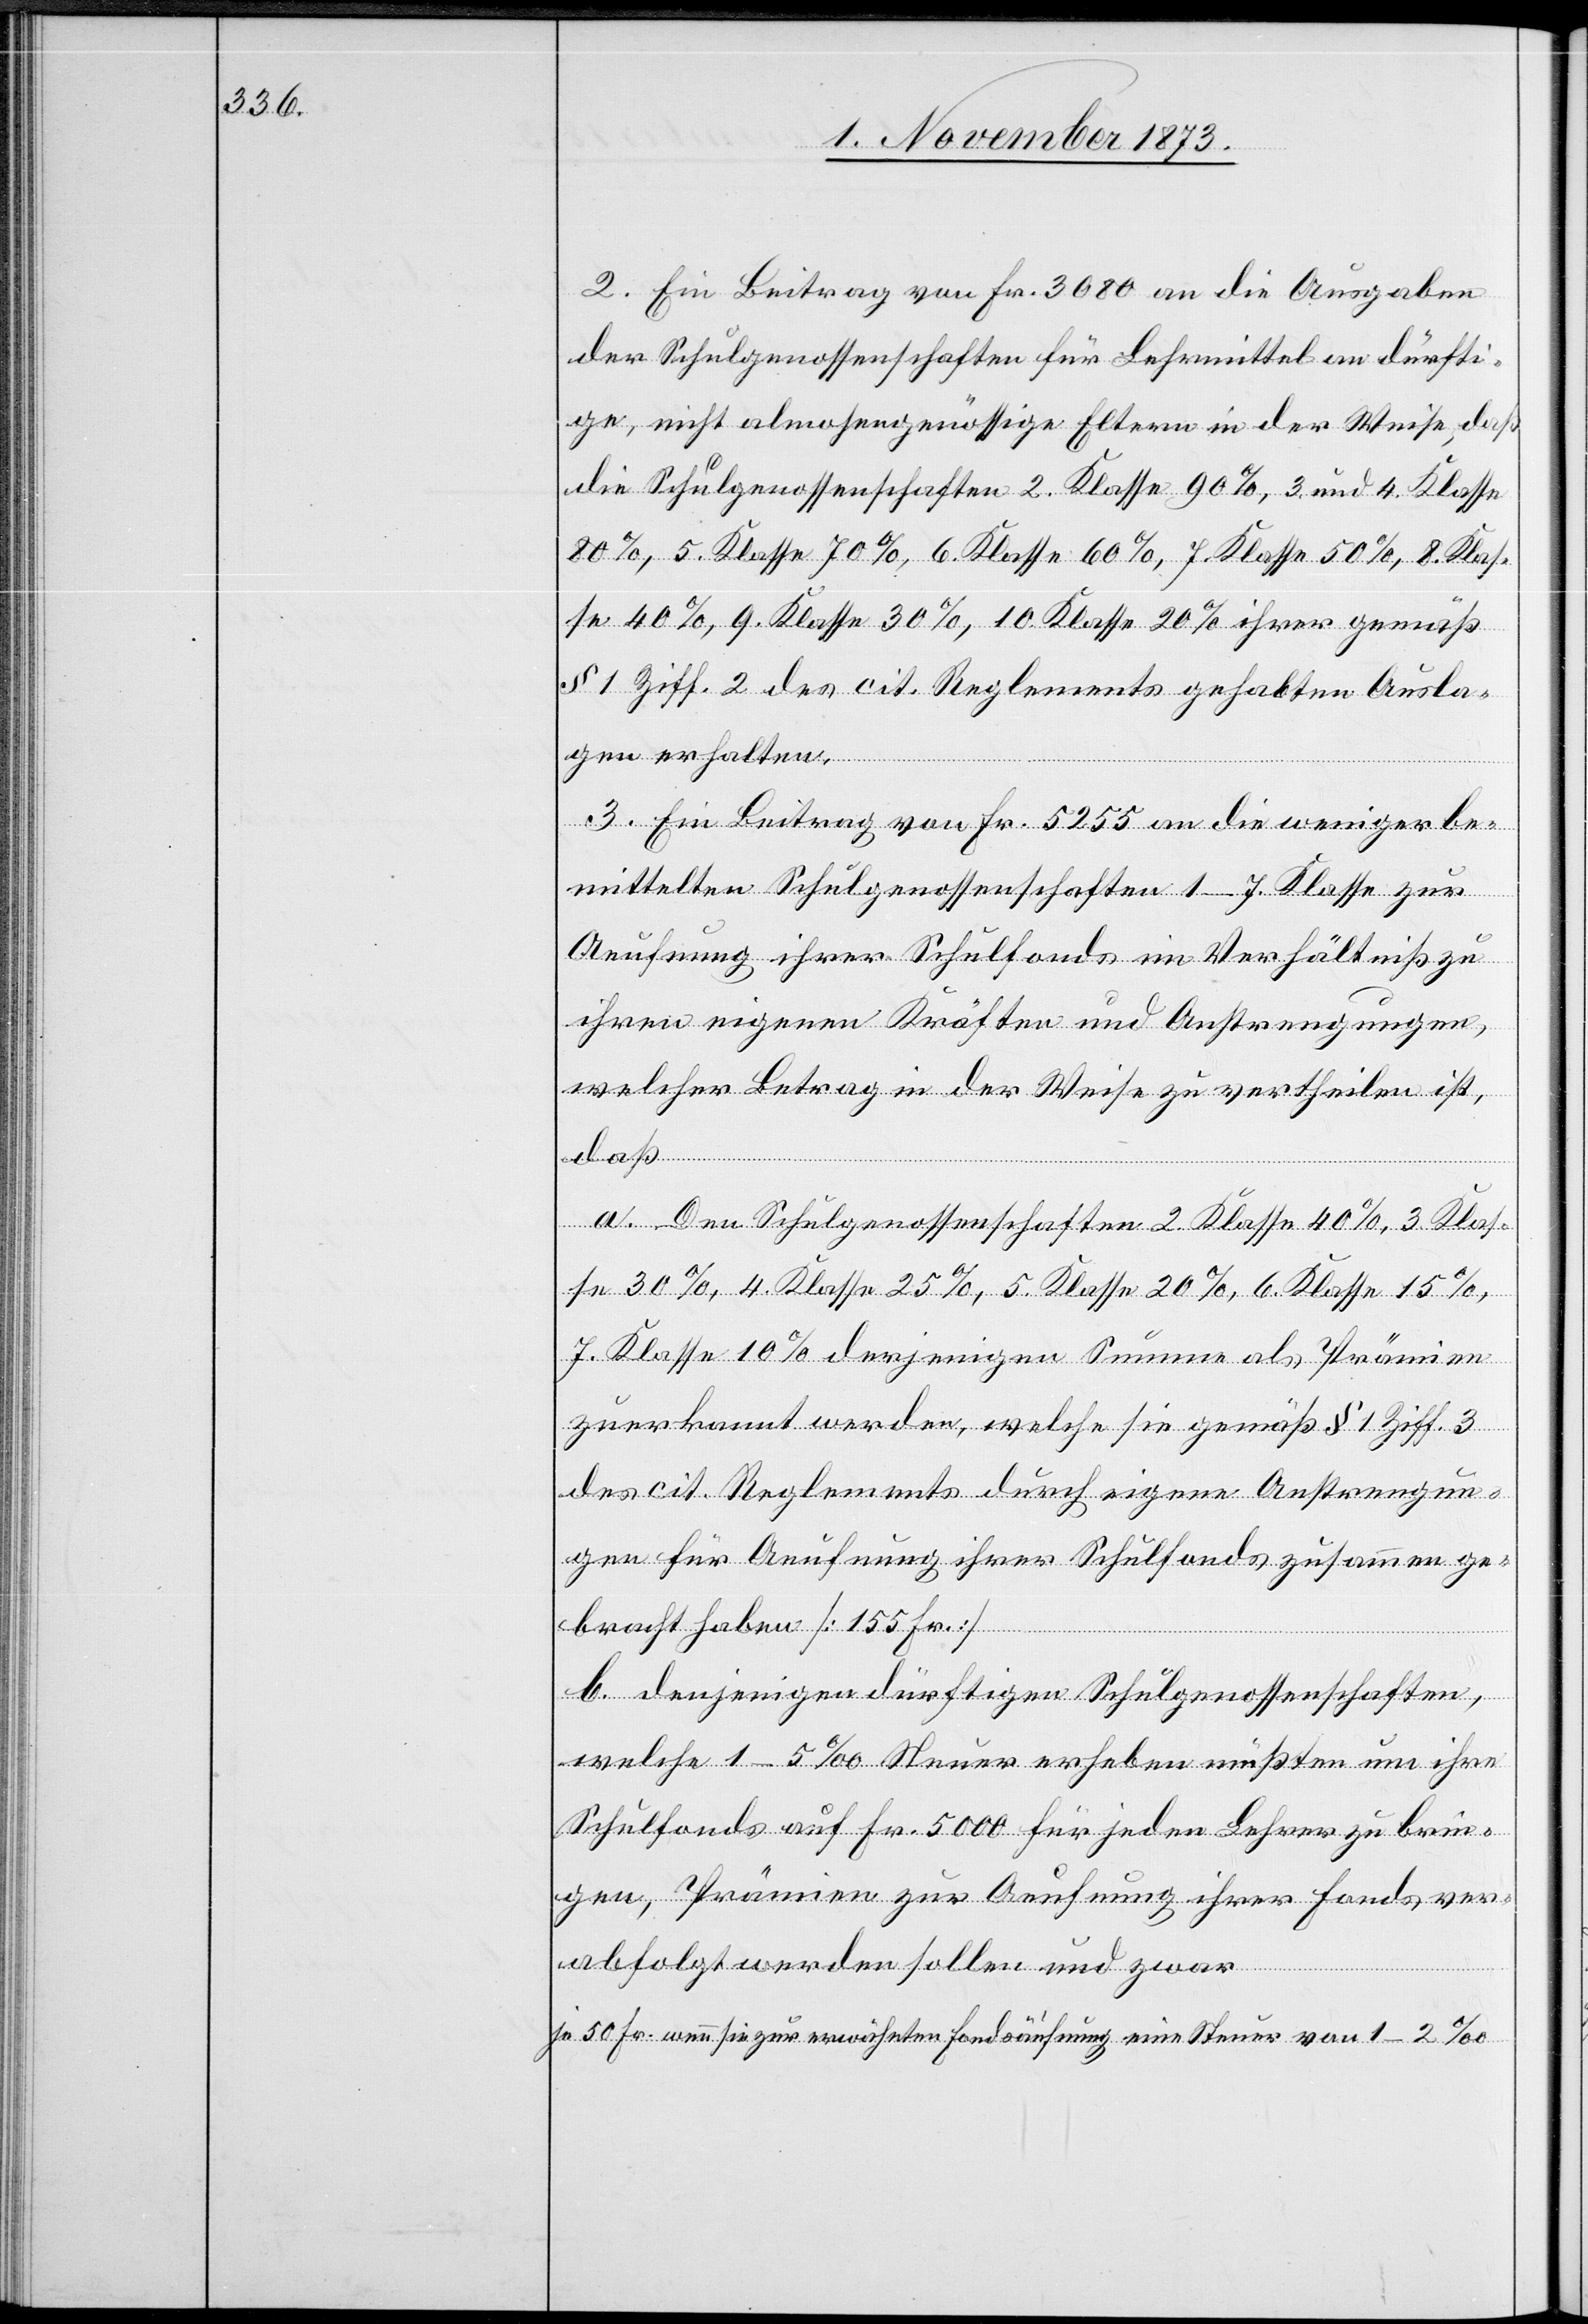
2. Ein Beitrag von Fr. 3 080 an die Ausgaben
der Schulgenossenschaften für Lehrmittel an dürfti¬
ge, nicht almosengenössige Eltern in der Weise, daß
die Schulgenossenschaften 2. Klasse 90%, 3. und 4. Klasse
80%, 5. Klasse 70%, 6. Klasse 60%, 7. Klasse 50%, 8. Klas¬
se 40%, 9. Klasse 30%, 10. Klasse 20% ihrer gemäß
§ 1 Ziff. 2 des cit. Reglements gehabten Ausla¬
gen erhalten.
3. Ein Beitrag von Fr. 5 255 an die weniger be¬
mittelten Schulgenossenschaften 1–7. Klasse zur
Aeufnung ihrer Schulfonds im Verhältniß zu
ihren eigenen Kräften und Anstrengungen,
welcher Betrag in der Weise zu vertheilen ist,
a. Den Schulgenossenschaften 2. Klasse 40%, 3. Klas¬
se 30%, 4. Klasse 25%, 5. Klasse 20%, 6. Klasse 15%,
7. Klasse 10% derjenigen Summe als Prämien
zuerkannt werden, welche sie gemäß § 1 Ziff. 3
des cit. Reglements durch eigene Anstrengun¬
gen für Aeufnung ihrer Schulfonds zusammen ge¬
daß
bracht haben [155 Fr.]
b. denjenigen dürftigen Schulgenossenschaften,
welche 1–5‰ Steuer erheben müßten um ihre
Schulfonds auf Fr. 5 000 für jeden Lehrer zu brin¬
gen, Prämien zur Aeufnung ihrer Fonds ver¬
abfolgt werden sollen und zwar
je 50 Fr. wenn sie zur erwähnten Fondsäufnung eine Steuer von 1–2‰